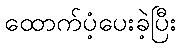
ထောက်ပံ့ပေးခဲ့ပြီး